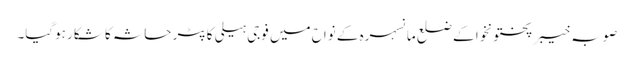
صوبہ خیبر پختونخوا کے ضلع مانسہرہ کے نواح میں فوجی ہیلی کاپٹر حاثہ کا شکار ہوگیا۔